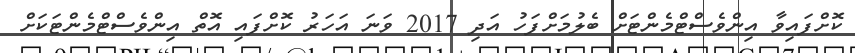
ކޮށްފައިވާ އިންވެސްޓްމެންޓަށް ބެލުމަށްފަހު އަދި 2017 ވަނަ އަހަރު ކޮށްފައި އޮތް އިންވެސްޓްމެންޓަކަށް